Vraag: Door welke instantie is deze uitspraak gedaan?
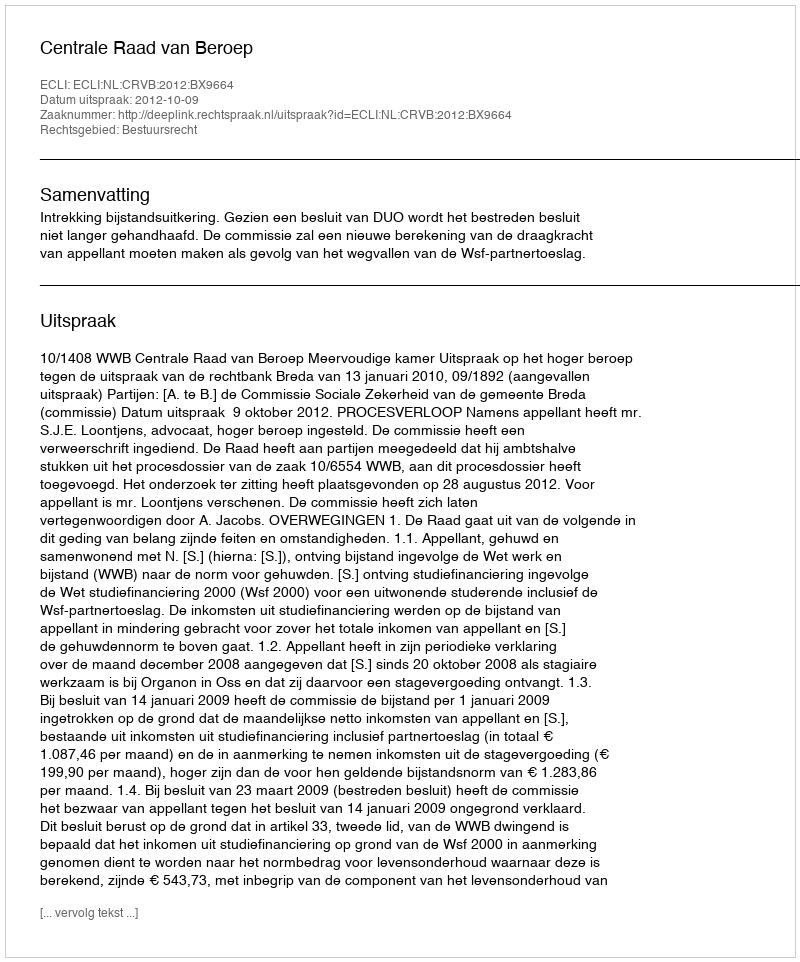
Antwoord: Centrale Raad van Beroep